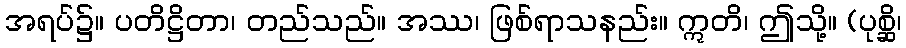
အရပ်၌။ ပတိဋ္ဌိတာ၊ တည်သည်။ အဿ၊ ဖြစ်ရာသနည်း။ ဣတိ၊ ဤသို့။ (ပုစ္ဆိ၊